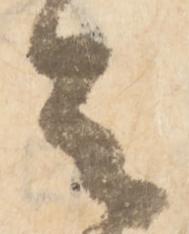
之